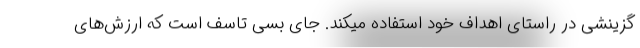
گزینشی در راستای اهداف خود استفاده میکند. جای بسی تاسف است که ارزش‌های